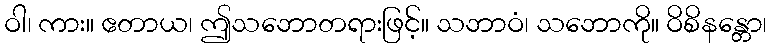
ဝါ၊ ကား။ ဧတာယ၊ ဤသဘောတရားဖြင့်။ သဘာဝံ၊ သဘောကို။ ဝိစိနန္တော၊